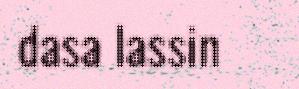
dasa lassin